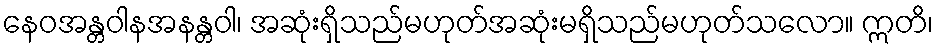
နေဝအန္တဝါနအနန္တဝါ၊ အဆုံးရှိသည်မဟုတ်အဆုံးမရှိသည်မဟုတ်သလော။ ဣတိ၊